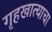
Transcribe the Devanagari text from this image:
गृहखात्याचा